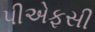
પીએફસી